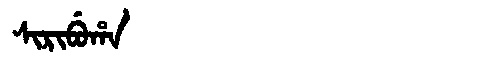
Manchu: ᠰᡳᡵᡳᠪᡠᡥᠠ
Romanization: SIRIBUHA